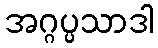
အဂ္ဂပ္ပသာဒါ